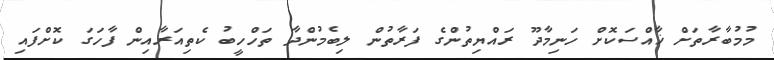
މުމުބާރާތަށް ޚާއްސަކޮށް ހަނިމާދޫ ރައްޔިތުންގެ ފަރާތުން ލިބެމުންދާ ތަހްހީބު ކެތިއަރާއިން ފާހަގަ ކޮށްފައި